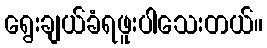
ရွေးချယ်ခံရဖူးပါသေးတယ်။